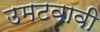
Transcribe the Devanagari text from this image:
उमटवावी